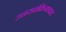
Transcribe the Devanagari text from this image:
उत्तरप्रक्रियावाद